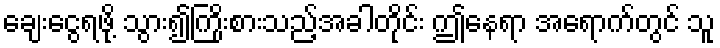
ချေးငွေရဖို့ သွား၍ကြိုးစားသည့်အခါတိုင်း ဤနေရာ အရောက်တွင် သူ